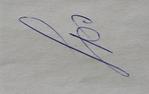
Signature authenticity: genuine